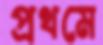
প্রথমে